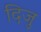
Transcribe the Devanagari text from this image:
दिजु